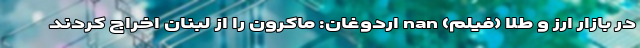
در بازار ارز و طلا (فیلم) nan اردوغان: ماکرون را از لبنان اخراج کردند